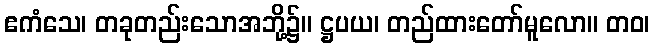
ဧကံသေ၊ တခုတည်းသောအဘို့၌။ ဋ္ဌပယ၊ တည်ထားတော်မူလော။ တဝ၊